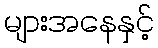
များအနေနှင့်